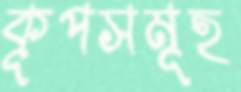
কূপসমূহ